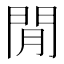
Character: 閒